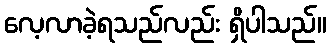
လေ့လာခဲ့ရသည်လည်း ရှိပါသည်။